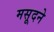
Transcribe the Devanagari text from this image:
मसूदने